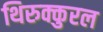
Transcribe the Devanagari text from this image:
थिरुक्कुरल